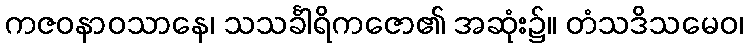
ကဇဝနာဝသာနေ၊ သသင်္ခါရိကဇော၏ အဆုံး၌။ တံသဒိသမေဝ၊